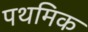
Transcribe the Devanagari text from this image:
पथमिक